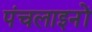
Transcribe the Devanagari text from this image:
पंचलाइनों